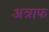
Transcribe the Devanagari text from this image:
अत्राफ